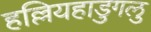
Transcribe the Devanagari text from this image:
हल्लियहाडुगलु